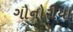
ગોનોરીયા